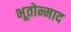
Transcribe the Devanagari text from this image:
भूतोन्माद